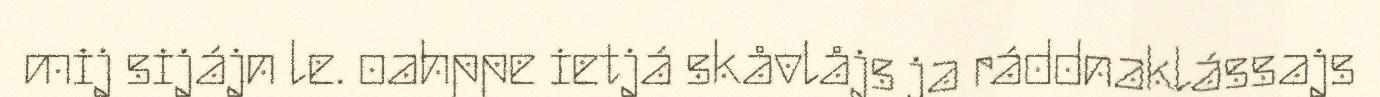
mij sijájn le. oahppe ietjá skåvlåjs ja ráddnaklássajs